Bréfritari: Sigríður Pálsdóttir
Viðtakandi: Páll Pálsson
Dagsetning: A-1861-06-17
Skrifað á: Breiðabólsstað  Rang.
Páll var bróðir Sigríðar

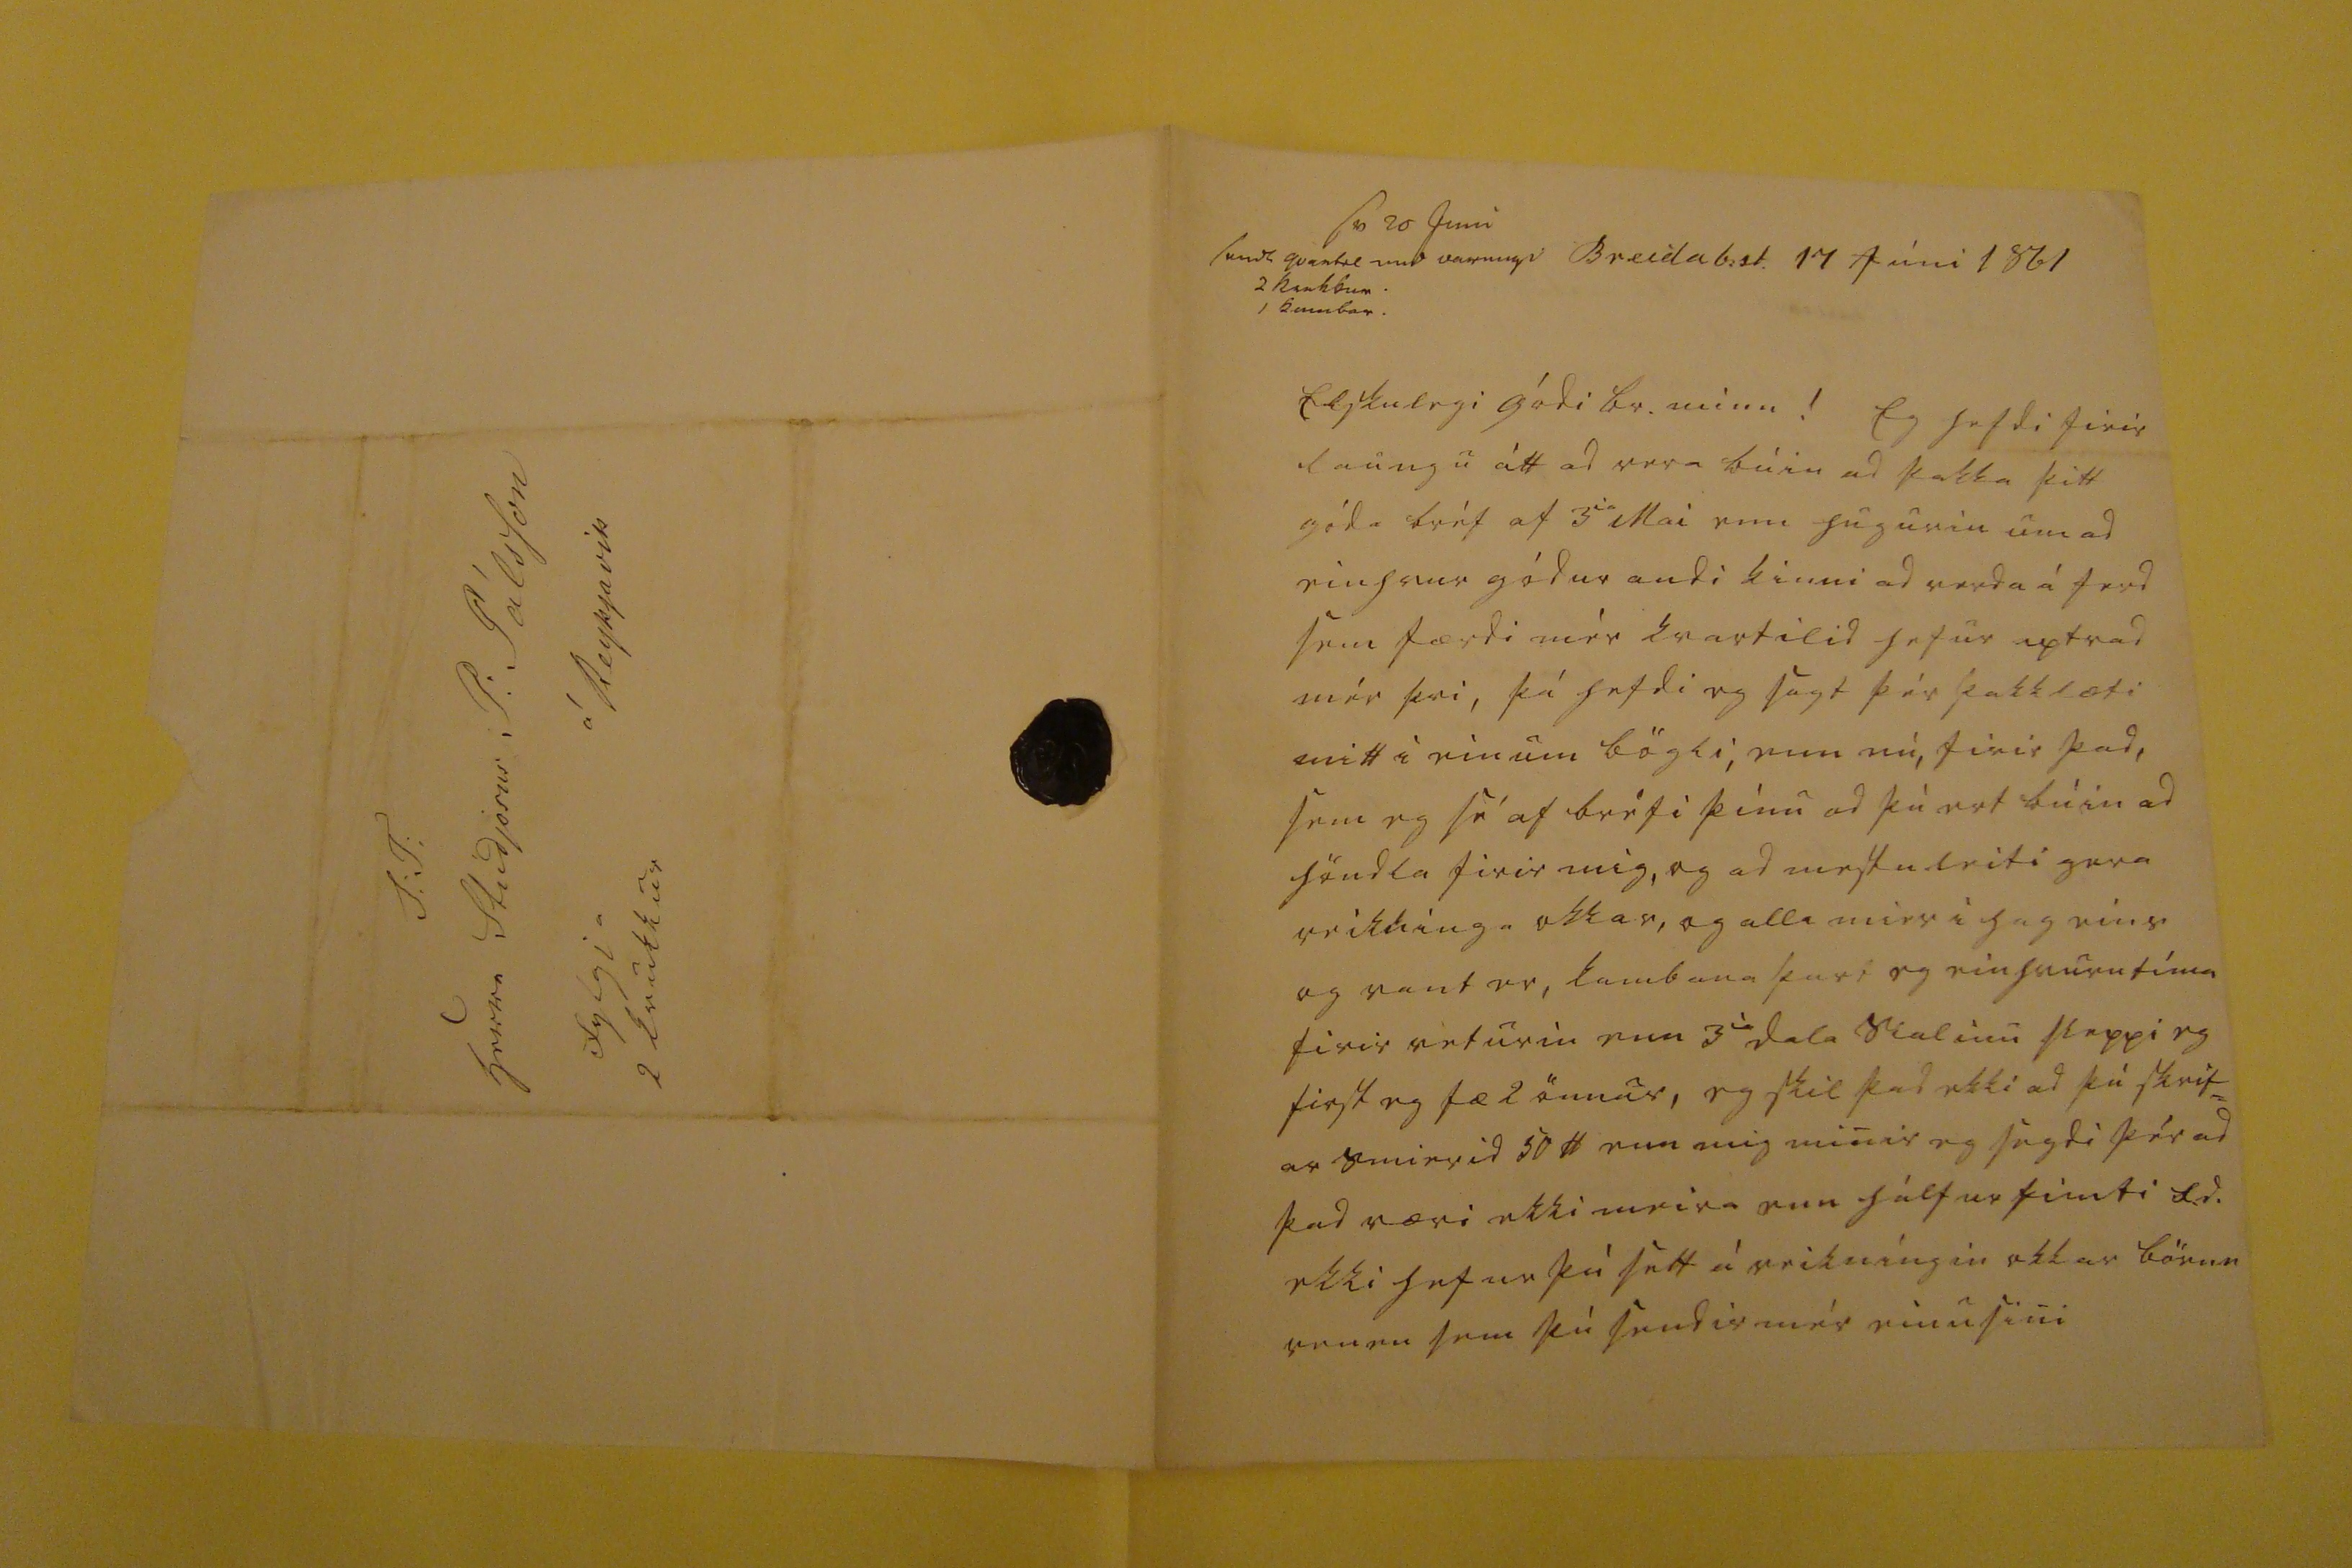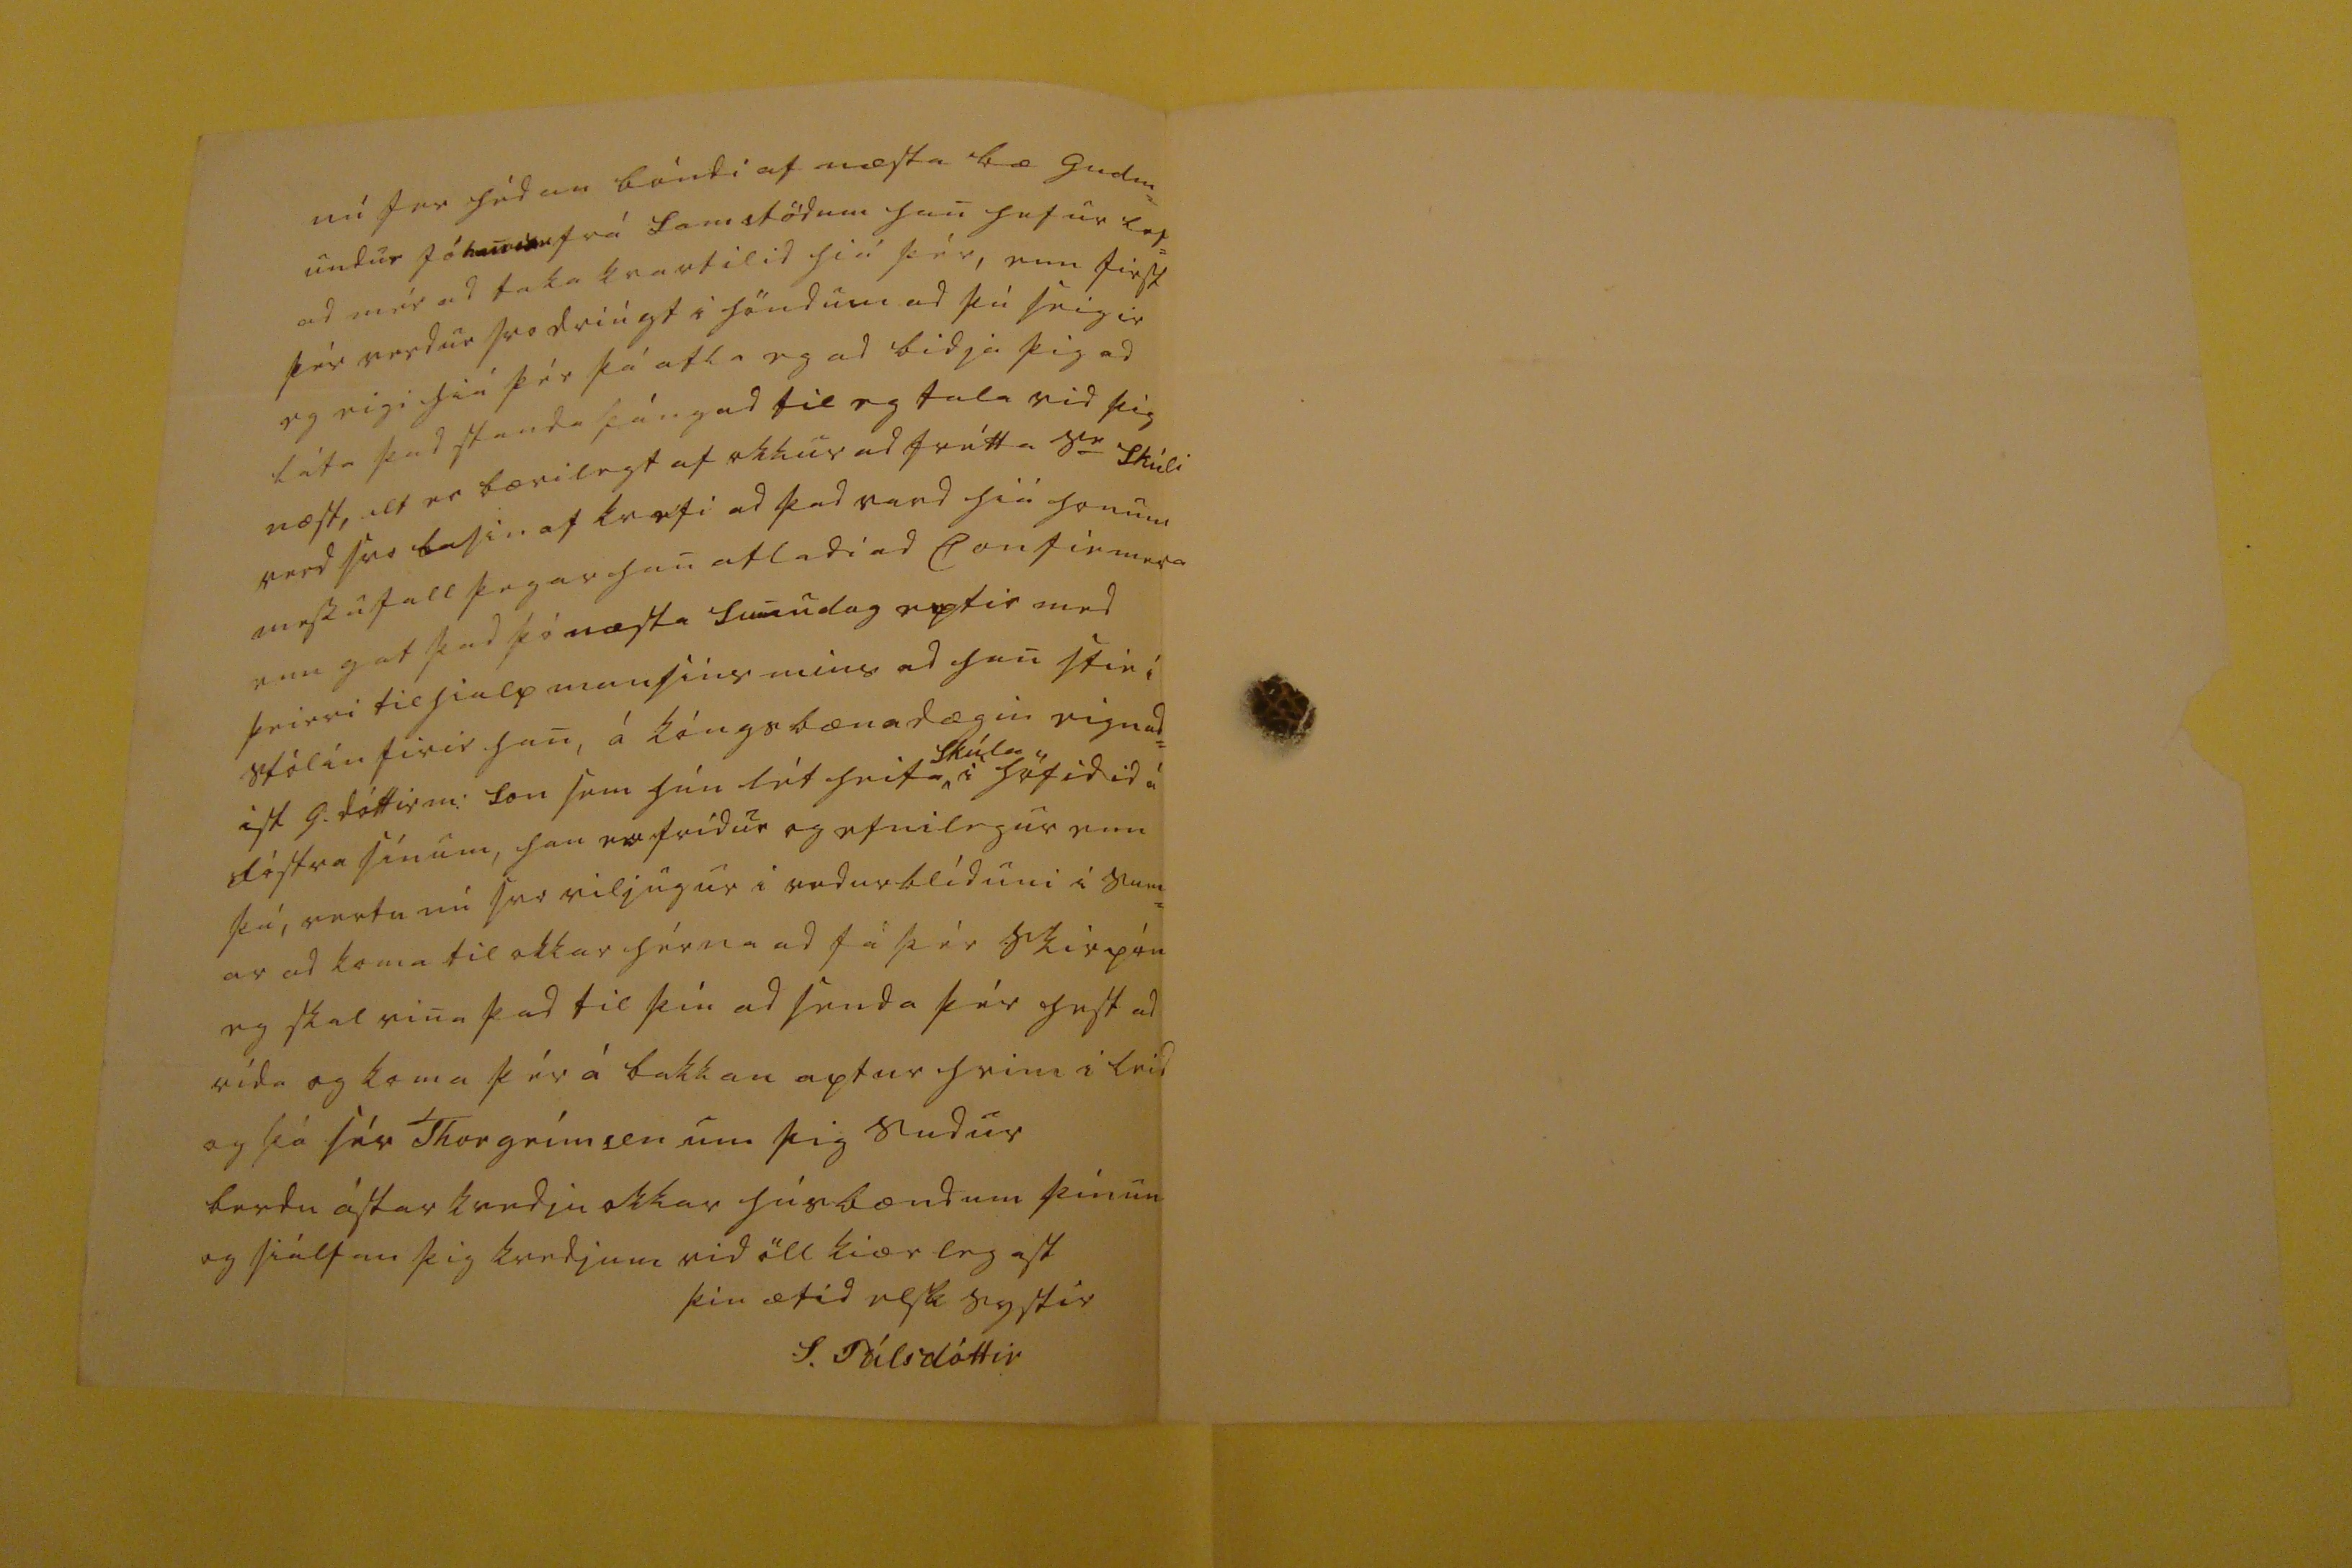

sv 20 Juni send0 qvartil 000 varn000 2 ka0000. 1 ka0000.
Breidab:st. 17 Júni 1861
Elskulegi gódi br. minn!
Eg hafdi firir laungu átt ad vera búin ad þakka þitt góda bréf af 3
ia
Mai enn hugurin um ad einhvur gódur andi kinni ad verda á ferd sem færdi mér kvartilid hefur aptrad mér þvi, þó hefdi eg sagt þér þakklæti mitt i einum bögli, enn nú, firir þad, sem eg sé af bréfi þínu ad þú ert búin ad höndla firir mig, og ad mestu leiti gera reikninga okkar, og alla mier i hag eins og vant er, kambana þarf eg einhvurn tíma firir veturin enn 3
ia
dala sialinu sleppi eg first eg fæ 2 önnur, eg skil þad ekki ad þú skrif= ar smierid 50
lb
enn mig minir eg sagdi þér ad þad væri ekki meira enn hálfur fimti
R.d.
ekki hefur þú sett á reikníngin okkar
bör00 re000
sem þú sendir mér einu sini
nu fer hédan bóndi af næsta bæ Gudm= undur Jó
hanson frá Famstödum
han hefur lof= ad mér ad taka kvartilid hiá þér, enn first þér verdur svo driúgt i höndum ad þú seigir eg eigi hiá þér þá atla eg ad bidja þig ad láta þad standa þángad til eg tala vid þig næst, alt er bærilegt af okkur ad frétta s
ie
Skúli vard svo lasin af kvefi ad þad vard hiá honum messufall þegar han atladi ad Confiemera enn gat þad þó næsta sunudag eptir med þeirri tilhialp mansins mins ad han stie í stólin firir han, á kóngsbænadagin eignad= ist G. dóttir m: son sem hún lét heita
Skúla
i höfidid á fóstra sínum, han er frídur og efnilegur enn þá, vertu nú svo viljugur i vedurblíduni i sum= ar ad koma til okkar hérna ad fá þér skiep
nu
eg skal rina þad til þín ad senda þér hest ad rída og koma þér á bakkan aptur heim i leid og þá sér Thorgrímsen um þig sudur berdu ástarkvedju okkar húsbændum þínum og siálfan þig kvedjum vid öll kiærlegast
þin ætid elsk systir
S. Pálsdóttir
S:T: herra Studjósus P: Pálsson á Reykjavik
fylgja 2 krukkur